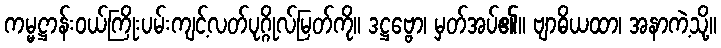
ကမ္မဋ္ဌာန်းဝယ်ကြိုးပမ်းကျင့်လတ်ပုဂ္ဂိုလ်မြတ်ကို။ ဒဋ္ဌဗ္ဗော၊ မှတ်အပ်၏။ ဗျာဓိယထာ၊ အနာကဲ့သို့။